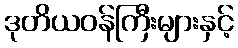
ဒုတိယဝန်ကြီးများနှင့်